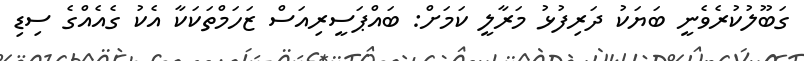
ގަބޫލުކުރެވެނީ ބަޔަކު ދަރިފުޅު މަރާލީ ކަމަށް: ބައްޕަސީރިއަސް ޒަހަމްތަކަކާ އެކު ގެއެއްގެ ސިޑި